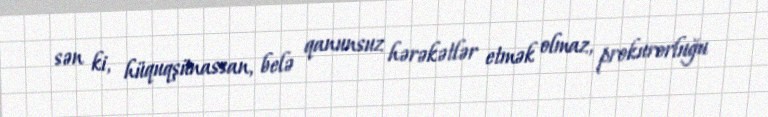
sən ki, hüquqşünassan, belə qanunsuz hərəkətlər etmək olmaz, prokurorluğu